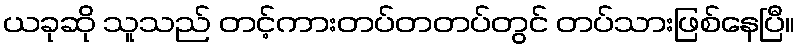
ယခုဆို သူသည် တင့်ကားတပ်တတပ်တွင် တပ်သားဖြစ်နေပြီ။